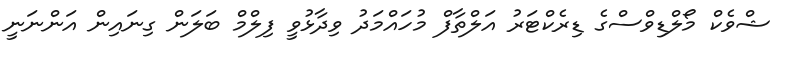
ޝްވެކް މޯލްޑިވްސްގެ ޑިރެކްޓަރު އަލްތާފް މުހައްމަދު ވިދާޅުވީ ފިލްމް ބަލަން ގިނައިން އަންނަނީ